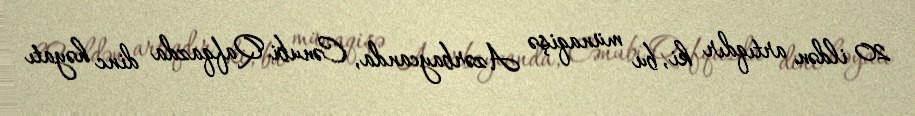
20 ildən artıqdır ki, bu münaqişə Azərbaycanda, Cənubi Qafqazda dinc həyatı